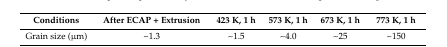
| Conditions | After ECAP + Extrusion | 423 K, 1 h | 573 K, 1 h | 673 K, 1 h | 773 K, 1 h |
 | --- | --- | --- | --- | --- | --- |
 | Grain size (μm) | ~1.3 | ~1.5 | ~4.0 | ~25 | ~150 |